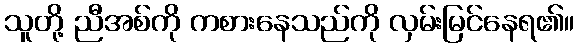
သူတို့ ညီအစ်ကို ကစားနေသည်ကို လှမ်းမြင်နေရ၏။